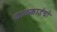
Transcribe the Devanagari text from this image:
काळकाईची